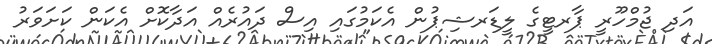
އަދި ޖުމްހޫރީ ޕާރޓީގެ ލީޑަރޝިޕުން އެކަމުގައި އިސް ދައުރެއް އަދާކޮށް އެކަން ކަށަވަރު